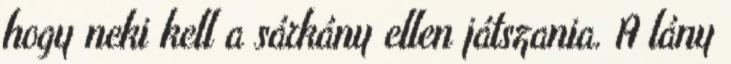
hogy neki kell a sárkány ellen játszania. A lány